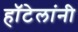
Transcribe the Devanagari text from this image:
हॉटेलांनी